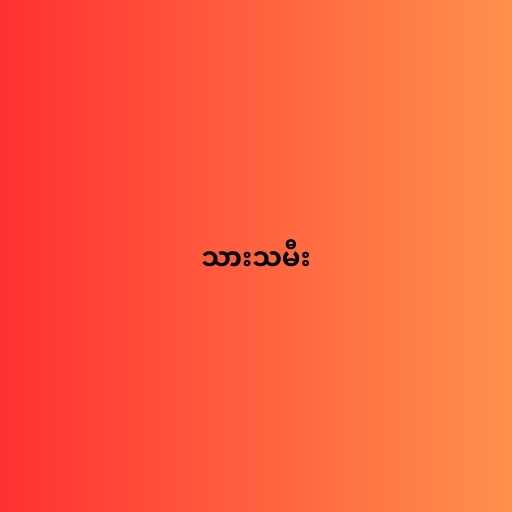
သားသမီး